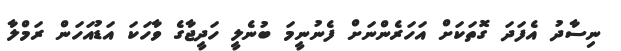
ނިސާދު އެފަދަ ގޮތަކަށް އަހަރެންނަށް ފެނުނީމަ ބުނެލީ ހަދީޖާގެ ވާހަކަ އަޑުއަހަން ރަމްލާ